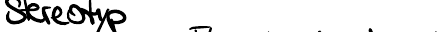
Stereotyp